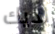
لديك